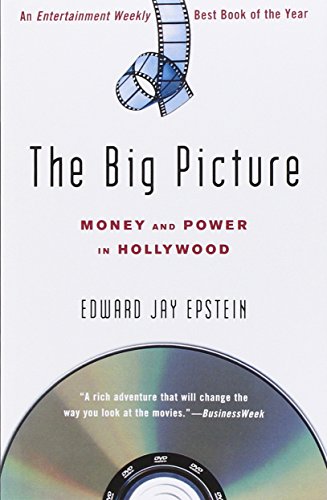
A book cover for The Big Picture: Money and Power in Hollywood; Edward Jay Epstein; Humor & Entertainment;